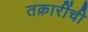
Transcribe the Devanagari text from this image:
तक्रारींची